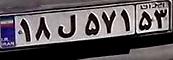
۱۸ل۵۷۱۵۳